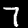
Digit: 7